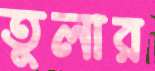
তুলার